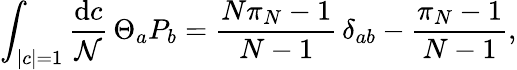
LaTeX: \int_{|c|=1}{\frac{\mathrm{d}c}{\mathcal{N}}}\, \Theta_{a}P_{b}={\frac{N\pi_{N}-1}{N-1}}\, \delta_{ab}-{\frac{\pi_{N}-1}{N-1}},